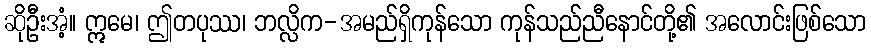
ဆိုဦးအံ့။ ဣမေ၊ ဤတပုဿ၊ ဘလ္လိက-အမည်ရှိကုန်သော ကုန်သည်ညီနောင်တို့၏ အလောင်းဖြစ်သော